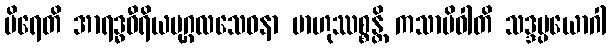
ပိရေတိ အာရဒ္ဓဝီရိယပုဂ္ဂလသေဝနာ ဗာဟုဿစ္စန္တိ ကသာမိဝါတိ သဒ္ဒပ္ပယောဂါ